Vaccination in Burma 1920-1933 - 1920-1933
Year: 1920
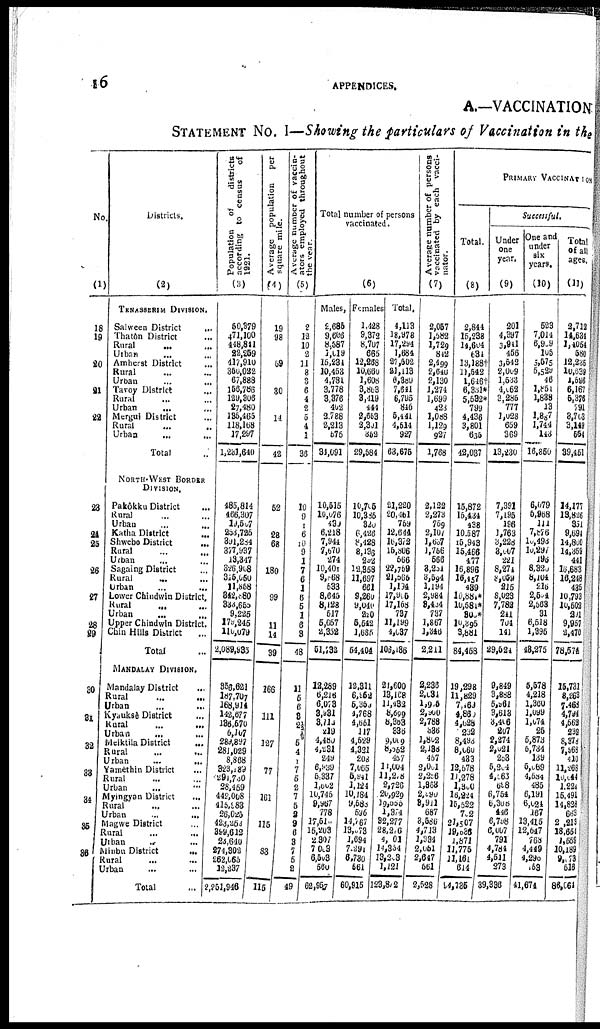
16
APPENDICES.
A.—VACCINATION
STATEMENT No. I—Showing the particulars of Vaccination in the
No.
(1)
18
19
20
21
22
23
24
25
26
27
28
29
30
31
32.
33
34
36
36
Districts.
(2)
TENASSERIM DIVISION.
Salween District
...
Thatôn District
...
Rural
... ...
Urban
... ...
Amherst District ...
Rural ... ...
Urban ... ...
Tavoy District ...
Rural ... ...
Urban
... ...
Mergui District
Rural ... ...
Urban ... ...
Total ...
NORTH-WEST BORDER
DIVISION.
Pakôkku District ...
Rural ... ...
Urban ... ...
Katha District ...
Shwebo District
...
Rural ... ...
Urban ... ...
Sagaing District ...
Rural ... ...
Urban
...
...
Lower Chindwin District.
Rural
... ... ...
Urban ... ...
Upper Chindwin District.
Chin Hills District
...
Total ...
MANDALAY DIVISION.
Mandalay District ...
Rural ... ...
Urban
...
...
Kyauksè District ...
Rural .. ...
Urban
... ...
Meiktila District
Rural ... ...
Urban
...
...
Yamèthin District
...
Rural ... ...
Urban
... ...
Myingyan District
Rural ...
Urban
...
...
Magwe District ...
Rural ...
Urban
... ...
Minbu District
...
Rural ... ...
Urban ... ...
Total ...
Population of
districts
according to census
of
1921.
(3)
50,379
471,100
148,841
22,269
417,910
350,022
67,888
156,786
129,306
27,480
135,465
118,168
17,297
1,231,640
486,814
466,307
l9,507
253,725
391,284
377,937
13,347
326,908
315,050
11,858
342,880
333,655
9,225
179,245
110,079
2,089,935
356,621
187,707
168,914
142,677
136,570
6,107
289,897
281,029
8,868
323,189
291,730
28,459
142,008
415,983
26,025
423,252
399,612
23,640
274,302
262,065
12,237
2,251,946
Average population
per
square mile.
(4)
19
98
...
...
59
...
...
30
... ...
14
...
...
12
52
...
...
28
68
...
...
180
...
...
99
...
...
11
14
39
166
...
...
111
...
127
...
... 77
...
...
161
...
...
115
...
...
83
...
...
115
Average number of vaccin-
ators employed throughout
the year.
(5)
2
12
10
2
11
8
3
6
4
2
5
4
1
36
10
9
1
6
10
9
1
7
6
1
6
5
1
6
8
48
11
6
6
3
2½
½
4
4
1
7
5
2
7
5
3
9
6
8
7
5
2
49
Total number of persons
vaccinated.
(6)
Males,
2,685
9,606
8,587
1,019
15,234
10,453
4,784
3,778
3,376
402
2,788
2,213
575
34,091
10,515
10,076
430
6,218
7,944
7,670
274
10,101
9,868
533
8,645
8,128
517
5,657
2,352
51,732
12,289
6,216
6,073
3,931
3,713
219
4,180
4,231
249
6,939
5,337
l,602
10,745
9,967
778
17,510
15,203
2 ,307
7,003
6,503
560
62,957
Females
1,428
9,372
8,707
665
1.,258
10,660
1,608
3,863
3,419
444
2,653
2,301
352
29,584
10,705
10,385
320
6,426
8,428
8,136
292
12,358
11,697
661
9,260
9,040
220
5,542
1,685
54,404
12,311
6,952
6,359
4,768
4,651
117
4,529
4,321
208
7,065
5,941
1,124
10,184
9,588
596
14,767
13,073
1,694
7,291
6,730
561
60,915
Total.
1,113
18,978
17,294
1,681
27,502
21,113
6,389
7,641
6,795
846
5,441
4,514
927
63,675
21,220
20,461
759
12,644
16,372
15,806
566
22,769
21,565
1,134
17,905
17,168
737
11,199
4,037
106,186
21,600
13,168
11,432
8,699
8,363
336
9,009
8,052
457
11,004
11,278
2,726
20,929
19,055
1,374
32,277
28,276
4,001
14,354
13,203
1,121
123,872
Average number of persons
vaccinated by each vacci-
nator.
(7)
2,057
1,582
1,729
842
2,499
2,640
2,130
1,274
1,699
423
l,088
1,129
927
1,768
2,122
2,273
759
2,107
l,637
1,756
566
3,251
3,694
1,194
2,984
8,434
737
1,867
1,346
2,211
2,236
2,634
1,925
2,960
2,788
336
1,802
2,198
457
2,001
2,256
1,863
2,890
8,911
687
3,586
4,713
1,334
2,051
2,647
561
2,528
PRIMARY VACCINATION
Total.
(8)
2,844
15,238
14,604
634
13,188†
11,542
1,646†
6,381*
5,632*
799
4,436
3,801
635
42,037
15,872
15,434
438
10,587
15,943
15,466
477
16,896
16,457
439
10,881*
10,581*
800*
10,395
3,881
84,158
19,298
11,829
7,469
4,860
4,628
232
8,493
8,660
483
12,578
11,278
1,360
16,224
15,522
702
2l,507
19,636
1,871
11,775
11,161
614
94,735
Successful.
Under
one
year.
(9)
201
4,397
3,941
456
3,542
2,009
1,583
4,062
3,285
777
1,028
659
369
13,230
7,391
7,496
186
1,763
3,228
3,007
221
8,274
8,059
215
8,023
7,782
241
704
141
29,524
9,849
3,888
6,961
3,613
3,406
207
2,274
2,021
253
5,204
4,563
698
6,754
6,308
446
6,798
6,007
791
4,784
1,511
273
39,336
One and
under
six
years.
(10)
523
7,014
6,909
105
5,675
5,529
46
l,851
1,838
13
1,887
1,744
143
16,860
6,079
5,968
111
7,876
10,493
10,297
196
8,320
8,104
216
2,504
2,563
31
6,518
1,395
48,275
5,578
4,218
1,360
1,099
1,071
25
5,873
5,731
139
5,069
4,534
485
6,191
6,024
167
13,415
12,647
768
4,449
4,296
153
41,674
Total
of all
ages.
(11)
2,712
14,634
1,4054
580
12,236
10,639
1,596
6,167
5,376
791
3,703
3,149
554
39,151
14,177
13,836
351
9,694
14,800
14,369
441
16,683
16,248
435
10,793
10,502
201
9,957
2,470
78,574
15,731
8,263
7,461
4,794
4,562
232
8,376 7,968
410
11,268
l0,044
1,224
15,491
14,828
663
2,213
18,664
1,559
10,189
9,173
516
86,064